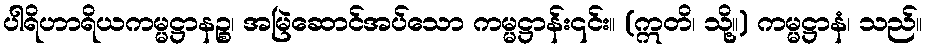
ပါရိဟာရိယကမ္မဋ္ဌာနဉ္စ၊ အမြဲဆောင်အပ်သော ကမ္မဋ္ဌာန်း၎င်း။ (ဣတိ၊ သို့။) ကမ္မဋ္ဌာနံ၊ သည်။